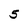
Character: 5